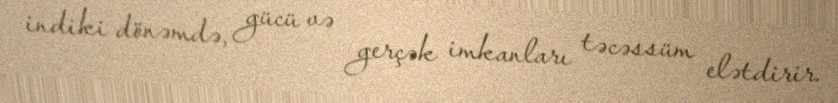
indiki dönəmdə, gücü və gerçək imkanları təcəssüm elətdirir.